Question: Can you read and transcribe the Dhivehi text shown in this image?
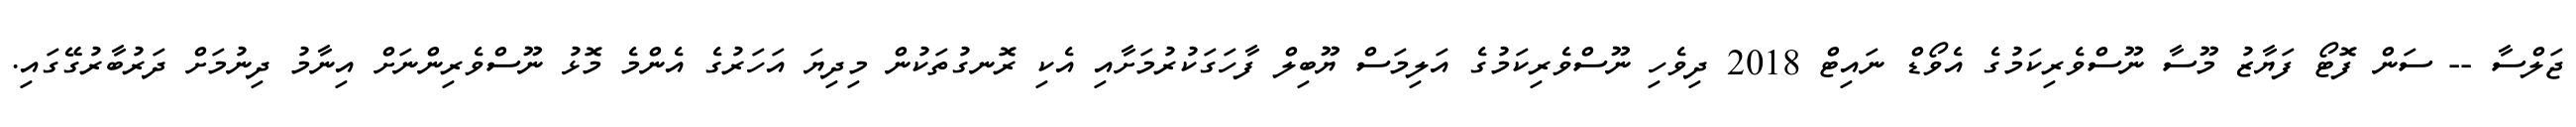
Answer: ޖަލްސާ -- ސަން ފޮޓޯ ފަޔާޒު މޫސާ ނޫސްވެރިކަމުގެ އެވޯޑް ނައިޓް 2018 ދިވެހި ނޫސްވެރިކަމުގެ އަލިމަސް ޔޫބިލް ފާހަގަކުރުމަށާއި އެކި ރޮނގުތަކުން މިދިޔަ އަހަރުގެ އެންމެ މޮޅު ނޫސްވެރިންނަށް އިނާމު ދިނުމަށް ދަރުބާރުގޭގައި.